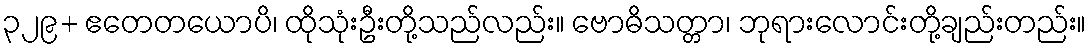
၃၂၉+ ဧတေတယောပိ၊ ထိုသုံးဦးတို့သည်လည်း။ ဗောဓိသတ္တာ၊ ဘုရားလောင်းတို့ချည်းတည်း။